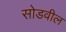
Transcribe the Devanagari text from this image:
सोडवील